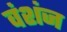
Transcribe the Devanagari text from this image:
वंशंज